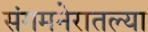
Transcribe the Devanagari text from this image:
संगमनेरातल्या